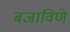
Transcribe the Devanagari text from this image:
बजाविणे